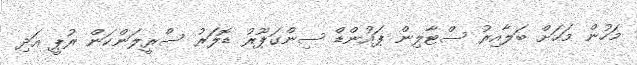
މަހުން މަހަށް ބަލާއިރު ސްޓާލިން ޕައުންޑް ސިންގަޕޫރު ޑޮލަރު ސްރީލަންކަން ރުޕީ އަދި